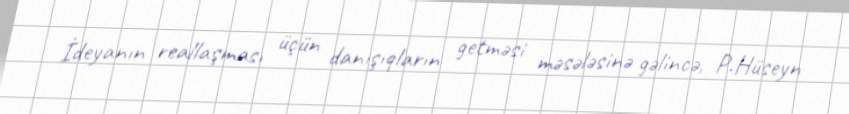
İdeyanın reallaşması üçün danışıqların getməsi məsələsinə gəlincə, P.Hüseyn